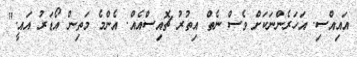
އައިއްސި. އަހަރެންނަކަށް ވެސް ނެތް އިތުރު ޗޮއިސްއެއް. އެންމެ މަތިން އޯޑަރު އައީ."